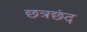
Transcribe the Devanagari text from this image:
छत्रछंद